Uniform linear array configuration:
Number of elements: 64
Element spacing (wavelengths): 0.25
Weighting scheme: hamming
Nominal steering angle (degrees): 30
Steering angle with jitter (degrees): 31.115
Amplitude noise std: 0.05
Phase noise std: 0.05

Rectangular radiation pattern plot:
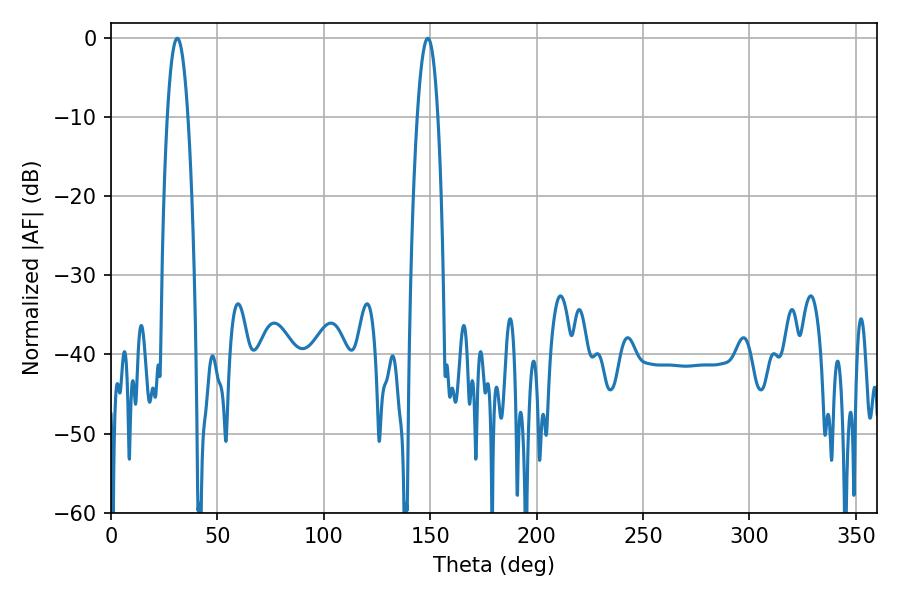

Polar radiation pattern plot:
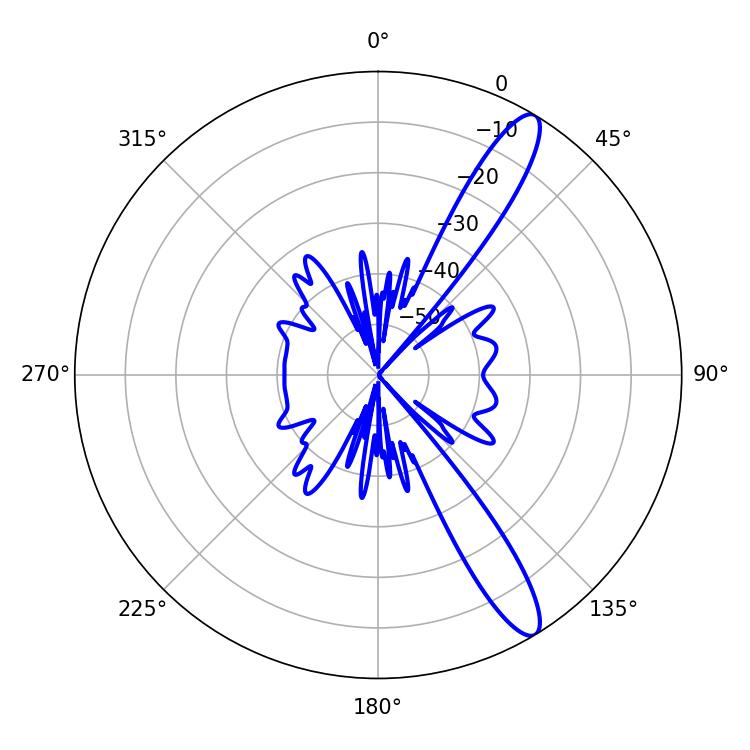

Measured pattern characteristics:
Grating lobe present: FALSE
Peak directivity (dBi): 12.82
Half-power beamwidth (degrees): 5.4
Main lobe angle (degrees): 31.14